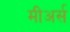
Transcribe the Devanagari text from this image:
मीअर्स